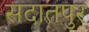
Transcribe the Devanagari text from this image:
सदातपुर